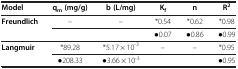
<table><thead><tr><td><b>Model</b></td><td><b>q<sub>m</sub>(mg/g)</b></td><td><b>b(L/mg)</b></td><td><b>K<sub>f</sub></b></td><td><b>n</b></td><td><b>R<sup>2</sup></b></td></tr></thead><tbody><tr><td rowspan="2"><b>Freundlich</b></td><td>–</td><td>–</td><td>*0.54</td><td>*0.62</td><td>*0.98</td></tr><tr><td> </td><td> </td><td>●0.07</td><td>●0.86</td><td>●0.99</td></tr><tr><td rowspan="2"><b>Langmuir</b></td><td>*89.28</td><td>*5.17 × 10<sup>-3</sup></td><td>–</td><td>–</td><td>*0.95</td></tr><tr><td>●208.33</td><td>●3.66 × 10<sup>-3</sup></td><td> </td><td> </td><td>●0.95</td></tr></tbody></table>